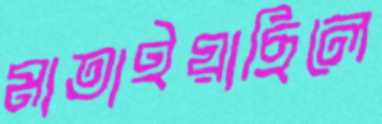
মাতাইয়াছিলে